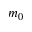
m _ { 0 }